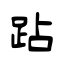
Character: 跕